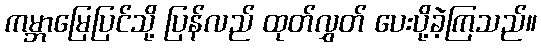
ကမ္ဘာမြေပြင်သို့ ပြန်လည် ထုတ်လွှတ် ပေးပို့ခဲ့ကြသည်။